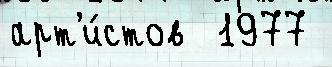
арт'и́стов  1977